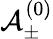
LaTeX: \mathbf{\mathcal{A}}_{\pm}^{(0)}